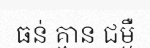
ធន់ គ្មាន ជម្ងឺ